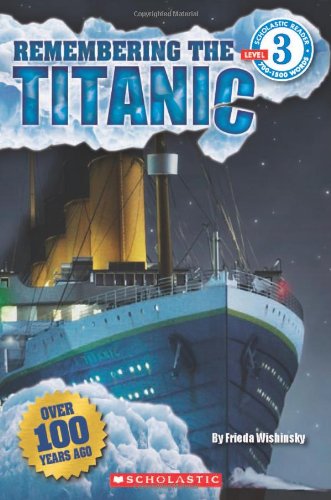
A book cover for Scholastic Reader Level 3: Remembering the Titanic; Frieda Wishinsky; Children's Books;